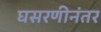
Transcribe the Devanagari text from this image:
घसरणीनंतर